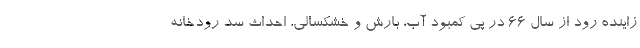
زاینده رود از سال ۶۶ در پی کمبود آب، بارش و خشکسالی، احداث سد رودخانه